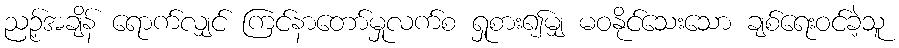
ညဉ့်အချိန် ရောက်လျှင် ကြင်နာတော်မှုလက်စ ရှုစား၍မျှ မဝနိုင်သေးသော ချစ်ရေးဝင်ခဲ့သူ